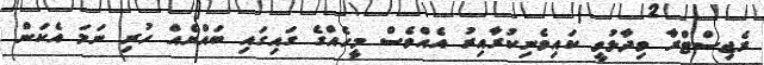
ރެޖިސްޓްރާ ވިދާޅުވީ ކައިވެނިކުރާއިރު އެއްވެސް މީހެއްގެ ގައިގައި ބައްޔެއް ހުރި ނަމަ އެކަން